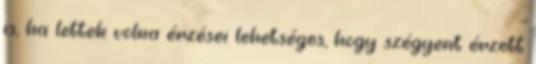
is, ha lettek volna érzései lehetséges, hogy szégyent érzett